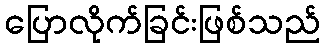
ပြောလိုက်ခြင်းဖြစ်သည်